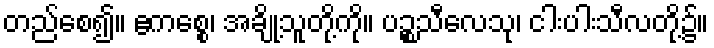
တည်စေ၍။ ဧကစ္စေ၊ အချို့သူတို့ကို။ ပဉ္စသီလေသု၊ ငါးပါးသီလတို့၌။